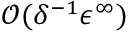
\mathcal { O } ( \delta ^ { - 1 } \epsilon ^ { \infty } )